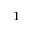
_ 1